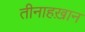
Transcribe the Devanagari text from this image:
तीनाहख़ान